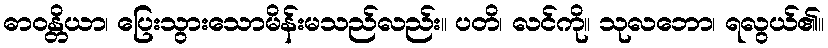
ဓာဝန္တိယာ၊ ပြေးသွားသောမိန်းမသည်လည်း။ ပတိ၊ လင်ကို။ သုလဘော၊ ရလွယ်၏။